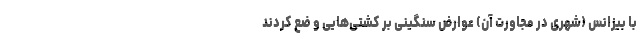
با بیزانس (شهری در مجاورت آن) عوارض سنگینی بر کشتی‌هایی و ضع کردند